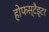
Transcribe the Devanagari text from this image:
होफस्टैड्टर